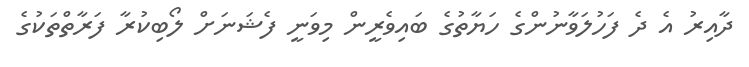
ދާއިރު އެ ދެ ފަހުލަވާނުންގެ ހަޔާތުގެ ބައިވެރީން މިވަނީ ފެޝަނަށް ލޯބިކުރާ ފަރާތްތަކުގެ